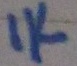
Text: 1K